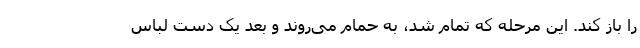
را باز کند. این مرحله که تمام شد، به حمام می‌روند و بعد یک دست لباس